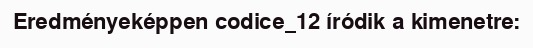
Eredményeképpen codice_12 íródik a kimenetre: